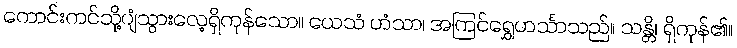
ကောင်းကင်သို့ပျံသွားလေ့ရှိကုန်သော။ ယေသံ ဟံသာ၊ အကြင်ရွှေဟင်္သာသည်။ သန္တိ၊ ရှိကုန်၏။